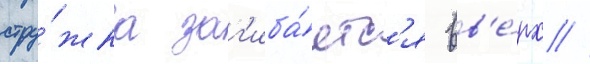
стру́жка заг'иба́етс'я вв'е́рх /